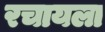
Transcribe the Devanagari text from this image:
रचायला